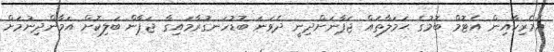
އެމެރިކާއިން އެޓޮމް ބޮމުގެ ޙަމަލާތައް ޖަޕާނަށްދިނީ ދެވަނަ ބޮޑުހަނގުރާމައިގާ ޖަޕާން ބަލިކޮށް އަމާންދިނުމަށް